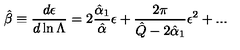
\hat { \beta } \equiv { \frac { d \epsilon } { d \ln \Lambda } } = 2 \frac { { \hat { \alpha } _ { 1 } } } { { \hat { \alpha } } } \epsilon + { \frac { 2 \pi } { \hat { Q } - 2 \hat { \alpha } _ { 1 } } } \epsilon ^ { 2 } + . . .